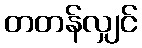
တတန်လျှင်